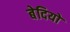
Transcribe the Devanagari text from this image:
बेदियों